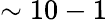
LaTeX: \sim 10-1